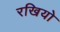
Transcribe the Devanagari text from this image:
रखियो